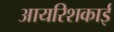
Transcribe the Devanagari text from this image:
आयरिशकाई